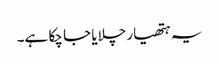
یہ ہتھیار چلایا جا چکا ہے۔